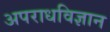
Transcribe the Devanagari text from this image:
अपराधविज्ञान